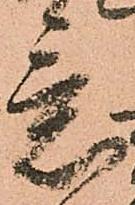
意